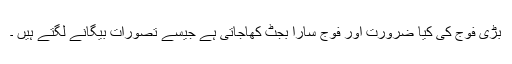
بڑی فوج کی کیا ضرورت اور فوج سارا بجٹ کھاجاتی ہے جیسے تصورات بیگانے لگتے ہیں ۔